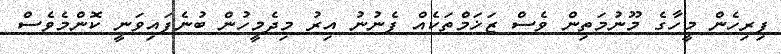
ފިރިހެން މީހާގެ މޫނުމަތިން ވެސް ޒަޚަމްތަކެއް ފެނުނު އިރު މިދެމީހުން ބުނެފައިވަނީ ކޮންމެވެސް